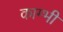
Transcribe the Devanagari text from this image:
काम्भी